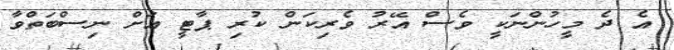
އެ ދެ މީހުންނަކީ ވެސް އޭރު ވެރިކަން ކުރި ޕާޓީ އަށް ނިސްބަތްވާ